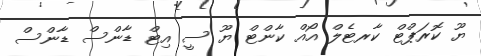
ޔޫ ކޮރަޕްޓް ކާރޓެލް އޯއް ކާންޓް ޔޫ ސީ އިޓް ޑާންސް ޑާންސް